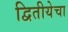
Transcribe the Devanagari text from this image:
द्वितीयेचा